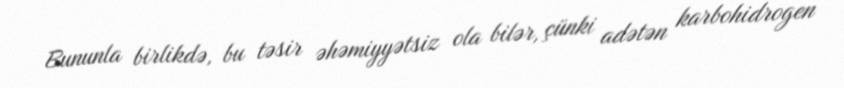
Bununla birlikdə, bu təsir əhəmiyyətsiz ola bilər, çünki adətən karbohidrogen